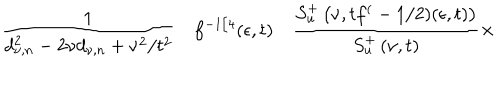
\frac 1 { d _ { \nu , n } ^ { 2 } - 2 \nu d _ { \nu , n } + \nu ^ { 2 } / t ^ { 2 } } \quad f ^ { - 1 / 4 } ( \epsilon , t ) \quad \frac { S _ { u } ^ { + } \left( \nu , t f ^ { ( } - 1 / 2 ) ( \epsilon , t ) \right) } { S _ { u } ^ { + } \left( \nu , t \right) } \times